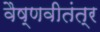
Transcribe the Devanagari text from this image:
वैष्णवीतंत्र